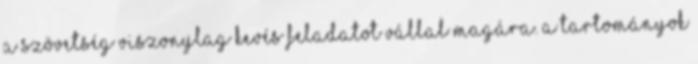
a szövetség viszonylag kevés feladatot vállal magára. A tartományok